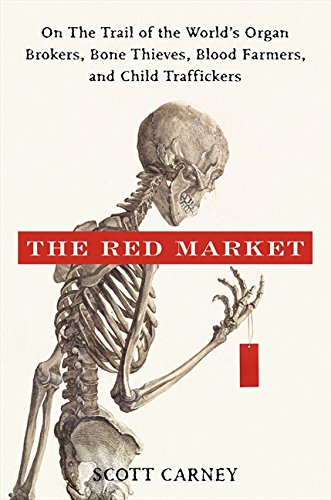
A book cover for The Red Market: On the Trail of the World's Organ Brokers, Bone Thieves, Blood Farmers, and Child Traffickers; Scott Carney; Biographies & Memoirs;